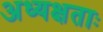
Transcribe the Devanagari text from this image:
अध्यक्षताः